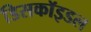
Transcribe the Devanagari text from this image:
डिसकॉइडल